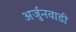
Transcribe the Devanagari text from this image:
अर्जुनवाडी